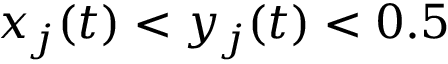
x _ { j } ( t ) < y _ { j } ( t ) < 0 . 5